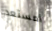
أمستعد